Report on vaccination in Madras 1877-1894 - 1877-1894
Year: 1877
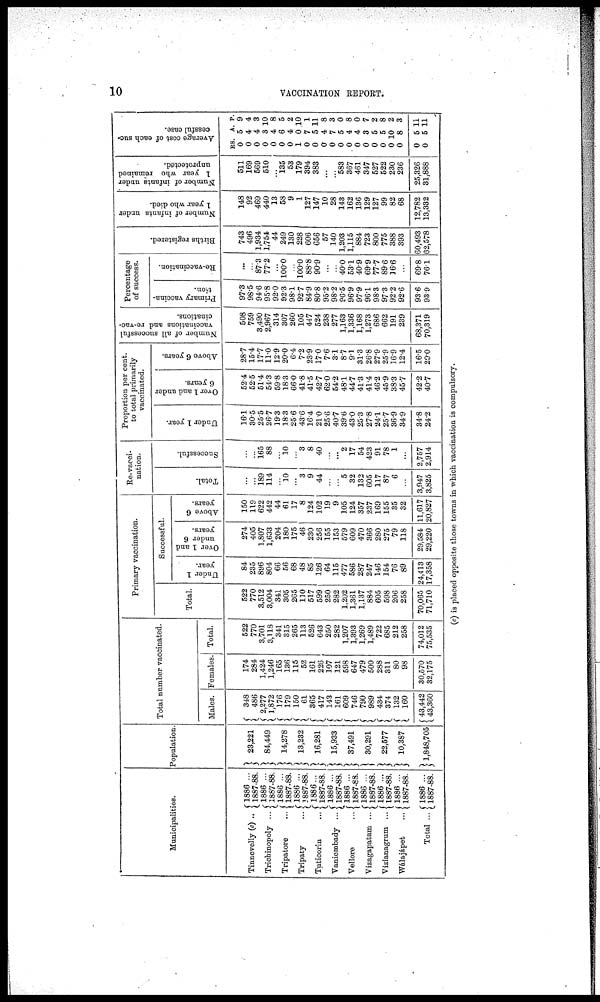
10
VACCINATION REPORT.
Municipalities.
Tinnevelly (c) ..
Trichinopoly ...
Tripatore ...
Tripaty ...
Tuticorin ...
Vaniembady ...
Vellore ...
Vizagapatam ...
Vizianagrum ...
Wálajápet ...
Total ...
1886 ...
1887-88.
1886 ...
1887-88.
1886 ...
1887-88.
1886 ...
1887-88.
1886...
1887-88.
1886 ...
1887-88.
1886 ...
1887-88.
1886 ...
1887-88.
1886 ...
1887-88.
1886 ...
1887-88.
1886 ...
1887-88.
Population
23,221
84,449
14,278
13,232
16,281
15,933
37,491
30,291
22,577
10,387
1,848,705
Total number vaccinated.
Males.
348
486
2,277
1,872
176
179
150
61
365
417
143
161
609
746
790
989
434
374
132
160
43,442
43,360
Females
174
284
1,424
1,246
165
136
115
52
161
226
107
121
598
647
479
500
288
311
80
98
30,570
32,175
Total.
522
770
3,701
3,118
341
315
265
113
526
643
250
282
1,207
1,393
1,269
1,489
722
685
212
258
74,012
75,535
Primary vaccination.
Total.
522
770
3,512
3,004
341
305
265
110
517
599
250
282
1,202
1,361
1,137
884
605
598
206
258
70,065
71,710
Successful.
Under 1
year.
84
235
896
804
66
56
68
48
85
126
64
115
477
586
287
247
146
154
76
89
24,413
17,358
Over 1 and
under 6
years.
274
405
1,807
1,633
204
180
175
46
230
256
155
153
579
609
470
366
280
275
79
118
29,584
29,220
Above 6
years.
150
119
622
442
44
61
17
8
124
102
19
9
105
124
357
237
169
155
35
32
11,617
20,827
Re-vacci-
nation.
Total.
...
...
189
114
...
10
... 3
9
44
...
...
5
32
132
605
117
87
6
...
3,947
3,825
Successful.
...
...
165
88
... 10
... 3
8
40
...
...
2
17
54
423
91
78
1
...
2,757
2,914
Proportion per cent.
to total primarily
vaccinated.
Under 1 year.
16.1
30.5
25.5
26.7
19.3
18.3
25.0
43.0
16.4
21.0
25.6
40.7
39.6
43.0
25.3
27.8
24.1
25.7
36.9
34.9
34.8
24.2
Over 1 and under
6 years.
52.4
52.5
51.4
54.3
59.8
18.3
66.0
41.8
41.5
42.7
62.0
54.2
48.1
44.7
41.3
41.4
46.2
45.9
38.3
45.7
42.2
40.7
Above 6 years.
28.7
15.4
17.7
11.0
12.9
20.0
6.4
7.2
23.9
17.0
7.6
3.1
8.7
9.1
31.3
26.8
27.9
25.9
16.9
12.4
16.5
29.0
Number of all successful
vaccinations and re-vac-
cinations.
508
759
3,490
2,967
314
307
260
105
447
524
238
277
1,163
1,336
1,168
1,273
686
662
191
239
68,371
70,319
Percentage
of success.
Primary vaccina-
tion.
97.3
98.5
94.6
95.8
92.0
92.3
98.1
92.7
84.9
80.8
95.2
98.2
96.5
96.9
97.9
96.1
98.3
97.3
92.2
92.6
93.6
93.9
Re-vaccination.
...
...
87.3
77.2
...
100.0
...
100.0
88.8
90.9
...
...
40.0
53.1
40.9
69.9
77.7
89.6
16.6
...
69.8
76.1
Births registered.
743
496
1,934
1,754
44
249
130
228
606
656
57
140
1,203
1,115
884
723
800
775
388
393
60,493
62,578
Number of infants under
1 year who died.
148
92
469
440
13
58
9
1
127
147
10
28
143
162
136
129
127
99
82
68
12,782
13,332
Number of infants under
1 year who remained
unprotected.
511
169
569
510
... 135
53
179
394
383
...
...
583
367
461
347
527
522
230
236
25,326
31,888
Average cost of each suc-
cessful case.
RS.
0
0
0
0
0
0
0
1
0
0
0
0
0
0
0
0
0
0
0
0
0
0
A.
5
4
4
3
4
6
4
0
7
5
4
7
5
4
4
3
5
5
10
8
5
5
P.
9
4
3
10
8
5
2
10
1
11
8
3
0
8
0
7
2
8
2
3
11
11
(c) is placed opposite those towns in which vaccination is compulsory.